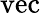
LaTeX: \operatorname{vec}